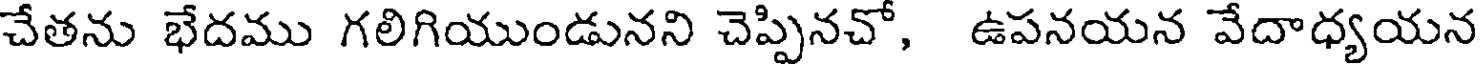
చేతను భేదము గలిగియుండునని చెప్పినచో, ఉపనయన వేదాధ్యయన